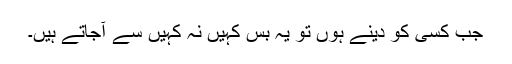
جب کسی کو دینے ہوں تو یہ بس کہیں نہ کہیں سے آجاتے ہیں۔